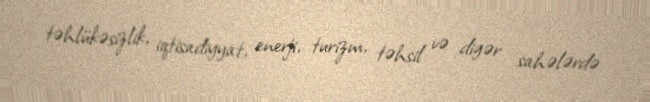
təhlükəsizlik, iqtisadiyyat, enerji, turizm, təhsil və digər sahələrdə